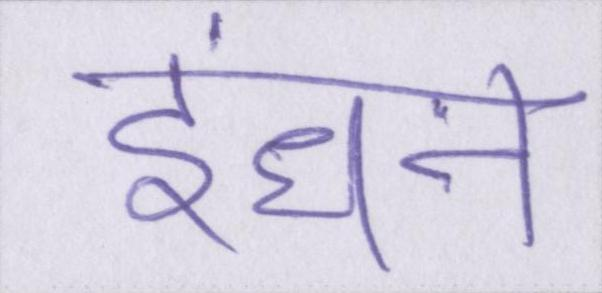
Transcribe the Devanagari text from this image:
इंधन